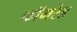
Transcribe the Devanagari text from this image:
काॅमरेड